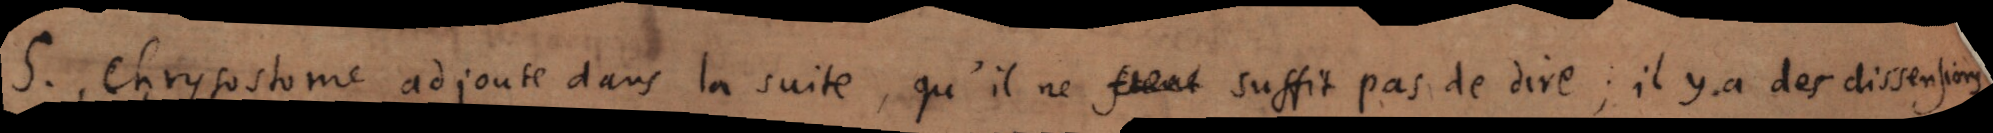
S. Chrysostome adjoute dans la suite, qu’il ne suffit pas de dire, il y a des dissensions